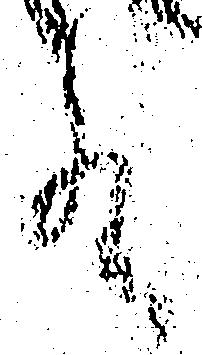
殿